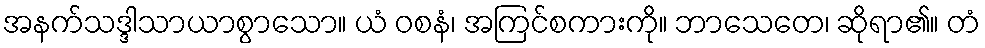
အနက်သဒ္ဒါသာယာစွာသော။ ယံ ဝစနံ၊ အကြင်စကားကို။ ဘာသေတေ၊ ဆိုရာ၏။ တံ